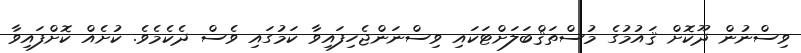
ވިސްނުން ދޫކޮށް ޤައުމުގެ މުސްތަޤްބަލަށްޓަކައި ވިސްނަންޖެހިފައިވާ ކަމުގައި ވެސް ދެކެމެވެ. ކުށެއް ކޮށްފައިވާ